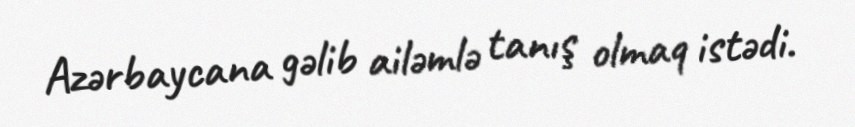
Azərbaycana gəlib ailəmlə tanış olmaq istədi.